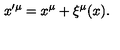
x ^ { \prime \mu } = x ^ { \mu } + \xi ^ { \mu } ( x ) .